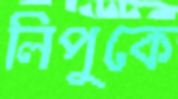
লিপুকে